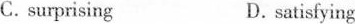
C.surprising D.satisfying